Report of an investigation into the causes of the diseases known in Assam as Kála-Azár and Beri-Beri
Disease focus: Beri-Beri
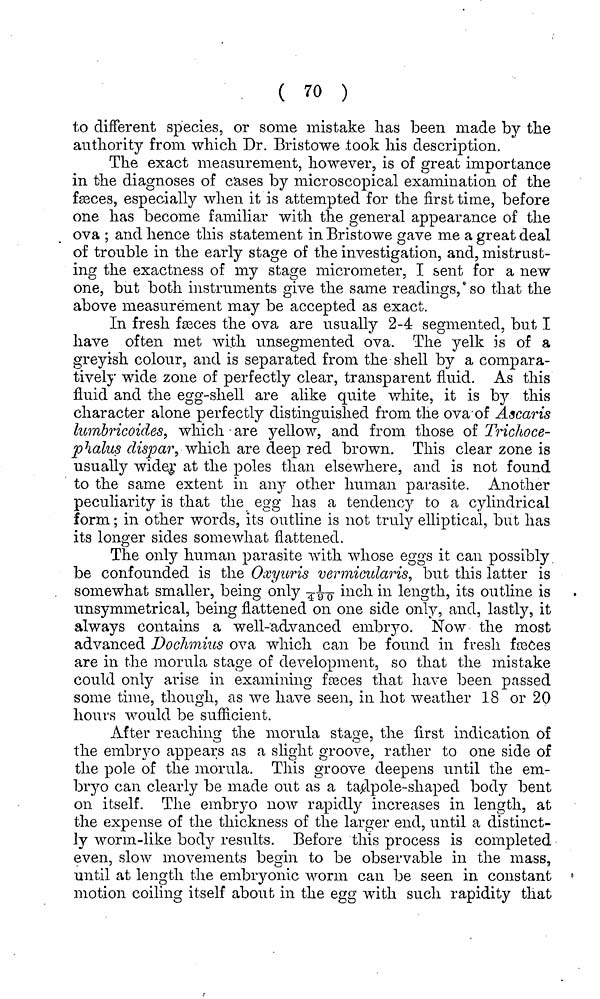
( 70 )
to different species, or some mistake has been made by the
authority from which Dr. Bristowe took his description.
The exact measurement, however, is of great importance
in the diagnoses of c'ases by microscopical examination of the
fasces, especially when it is attempted for the first time, before
one has become familiar with the general appearance of the
ova ; and hence this statement in Bristowe gave me a great deal
of trouble in the early stage of the investigation, and, mistrust-
ing the exactness of my stage micrometer, I sent for a new
one, but both instruments give the same readings, so that the
above measurement may be accepted as exact.
In fresh fæces the ova are usually 2-4 segmented, but I
have often met with unsegmented ova. The yelk is of a
greyish colour, and is separated from the shell by a compara-
tively wide zone of perfectly clear, transparent fluid. As this
fluid and the egg-shell are alike quite white, it is by this
character alone perfectly distinguished from the ova of Ascaris
lumbricoides, which are yellow, and from those of Triclwce-
phalus dispar, which are deep red brown. This clear zone is
usually wider at the poles than elsewhere, and is not found
to the same extent in airy other human parasite. Another
peculiarity is that the egg has a tendency to a cylindrical
form ; in other words, its outline is not truly elliptical, but has
its longer sides somewhat flattened.
The only human parasite with whose eggs it can possibly
be confounded is the Oxyuris vermicularis, but this latter is
somewhat smaller, being only 1/490 inch in length, its outline is
unsymmetrical, being flattened on one side only, and, lastly, it
always contains a well-advanced embiyo. Now the most
advanced Dochmius ova which can be found in fresh freces
are in the morula stage of development, so that the mistake
could only arise in examining faeces that have been passed
some time, though, as we have seen, in hot weather 18 or 20
hours would be sufficient.
After reaching the morula stage, the first indication of
the embryo appears as a slight groove, rather to one side of
the pole of the morula. This groove deepens until the em-
bryo can clearly be made out as a tadpole-shaped body bent
on itself. The embryo now rapidly increases in length, at
the expense of the thickness of the larger end, until a distinct-
ly worm-like body results. Before this process is completed
even, slow movements begin to be observable in the mass,
until at length the embiyonic worm can be seen in constant
motion coiling itself about in the egg with such rapidity that